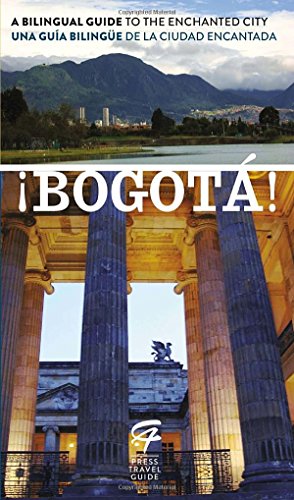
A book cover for Â¡BogotÃ¡!: A Bilingual Guide to the Enchanted City/Una guÃ­a bilingÃ¼e de la ciudad encantada (Spanish Edition); Toby de Lys; Travel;